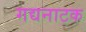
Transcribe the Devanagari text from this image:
गद्यनाटक